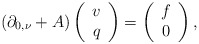
\begin{align*}\left(\partial_{0,\nu}+A\right)\left(\begin{array}{c}v\\q\end{array}\right)=\left(\begin{array}{c}f\\0\end{array}\right),\end{align*}